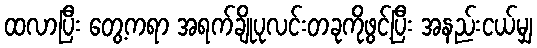
ထလာပြီး တွေ့ကရာ အရက်ချိုပုလင်းတခုကိုဖွင့်ပြီး အနည်းငယ်မျှ